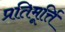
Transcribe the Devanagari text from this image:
प्रतिमूर्त्ति